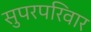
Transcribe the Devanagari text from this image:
सुपरपरिवार